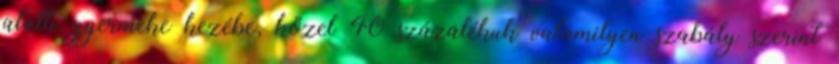
alatti gyermeke kezébe, közel 40 százalékuk valamilyen szabály szerint